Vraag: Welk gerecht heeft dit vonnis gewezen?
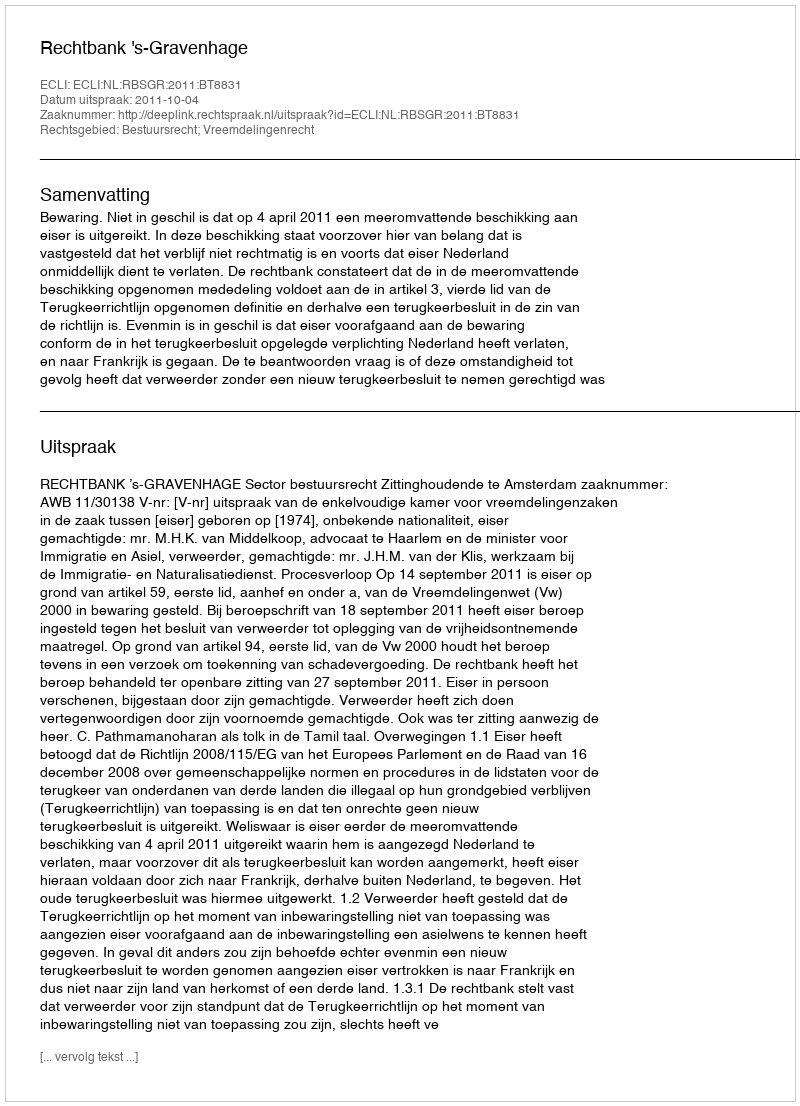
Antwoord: Rechtbank 's-Gravenhage